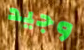
وجيد